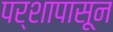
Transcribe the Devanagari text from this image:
पर्शापासून